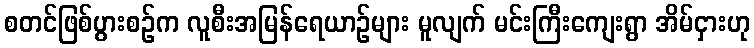
စတင်ဖြစ်ပွားစဉ်က လူစီးအမြန်ရေယာဉ်များ မူလျက် မင်းကြီးကျေးရွာ အိမ်ငှားဟု